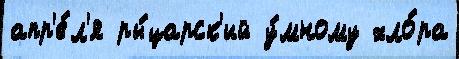
апр'е́л'я ры́царск'ий у́мному хло́ра